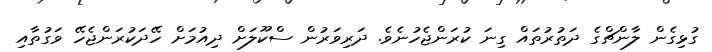
ގުޅިގެން ލާންޗްގެ ދަތުރުތައް ގިނަ ކުރަންޖެހުނެވެ. ދަރިވަރުން ސްކޫލަށް ދިއުމަށް ހޭދަކުރަންޖެހޭ ވަގުތާއި